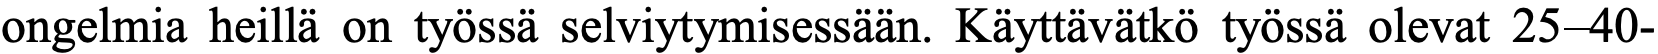
ongelmia heillä on työssä selviytymisessään. Käyttävätkö työssä olevat 25–40-